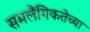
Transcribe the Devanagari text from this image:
समलैंगिकतेच्या